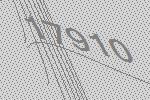
17910